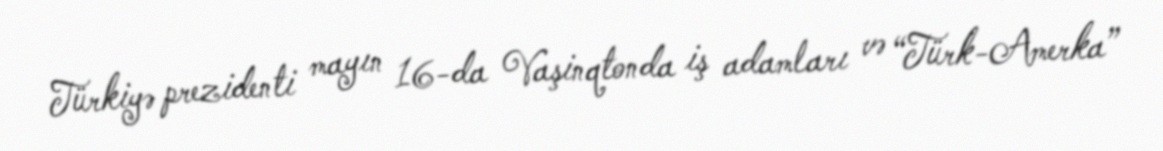
Türkiyə prezidenti mayın 16-da Vaşinqtonda iş adamları və “Türk-Amerka”